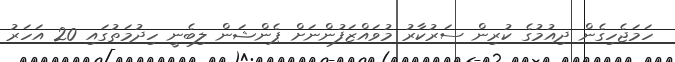
ހަމަޖެހިގެން ދިއުމުގެ ކުރިން ސަރުކާރު މުވައްޒަފުންނަށް ޕެންޝަން ލިބެނީ ހިދުމަތުގައި 20 އަހަރު